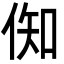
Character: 倁